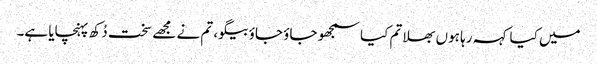
میں کیا کہہ رہا ہوں بھلا تم کیا سمجھو جاؤ جاؤ بیگو، تم نے مجھے سخت دُکھ پہنچایا ہے۔